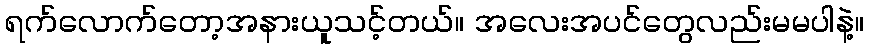
ရက်လောက်တော့အနားယူသင့်တယ်။ အလေးအပင်တွေလည်းမမပါနဲ့။